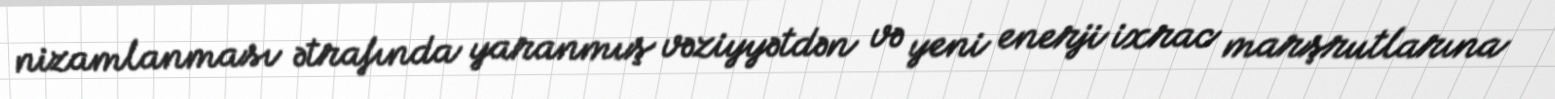
nizamlanması ətrafında yaranmış vəziyyətdən və yeni enerji ixrac marşrutlarına